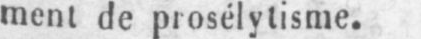
ment de prosélytisme.